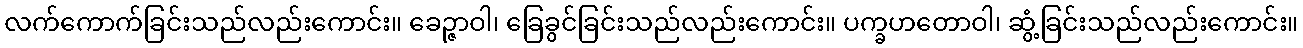
လက်ကောက်ခြင်းသည်လည်းကောင်း။ ခေဉ္ဇာဝါ၊ ခြေခွင်ခြင်းသည်လည်းကောင်း။ ပက္ခဟတောဝါ၊ ဆွံ့ခြင်းသည်လည်းကောင်း။